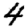
Digit: 4